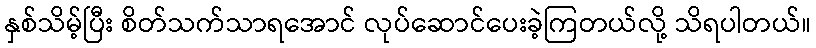
နှစ်သိမ့်ပြီး စိတ်သက်သာရအောင် လုပ်ဆောင်ပေးခဲ့ကြတယ်လို့ သိရပါတယ်။